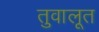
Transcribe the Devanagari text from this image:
तुवालूत